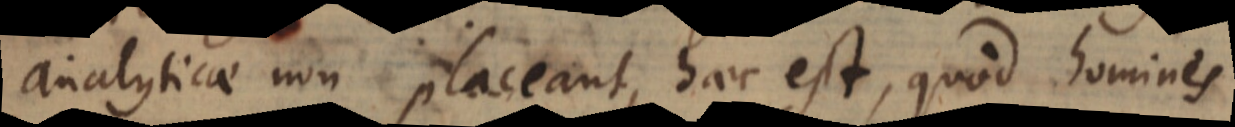
analyticae non placeant, haec est, quod homines